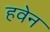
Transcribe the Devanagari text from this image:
हवेन